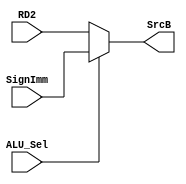
`timescale 1ns / 1ps
//////////////////////////////////////////////////////////////////////////////////
// Company: 
// Engineer: 
// 
// Design Name: 
// Module Name:    srcb_sel 
// Project Name: 
// Target Devices: 
// Tool versions: 
// Description: 
//
// Dependencies: 
//
// Revision: 
// Revision 0.01 - File Created
// Additional Comments: 
//
//////////////////////////////////////////////////////////////////////////////////
module srcb_sel(
    input [31:0] RD2,
    input [31:0] SignImm,
    input ALU_Sel,
	 
    output [31:0] SrcB
    );

    assign SrcB = (ALU_Sel == 0)?RD2:SignImm;

endmodule